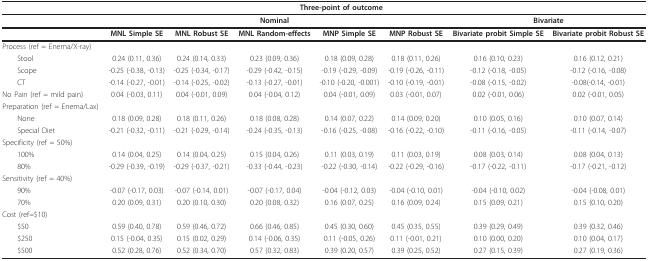
<table><thead><tr><td></td><td></td><td></td><td colspan="3"><b>Three-point of outcome</b></td><td></td><td></td></tr></thead><tbody><tr><td></td><td></td><td></td><td><b>Nominal</b></td><td></td><td></td><td colspan="2"><b>Bivariate</b></td></tr><tr><td></td><td><b>MNL Simple SE</b></td><td><b>MNL Robust SE</b></td><td><b>MNL Random-effects</b></td><td><b>MNP Simple SE</b></td><td><b>MNP Robust SE</b></td><td><b>Bivariate probit Simple SE</b></td><td><b>Bivariate probit Robust SE</b></td></tr><tr><td>Process (ref = Enema/X-ray)</td><td></td><td></td><td></td><td></td><td></td><td></td><td></td></tr><tr><td> Stool</td><td>0.24 (0.11, 0.36)</td><td>0.24 (0.14, 0.33)</td><td>0.23 (0.09, 0.36)</td><td>0.18 (0.09, 0.28)</td><td>0.18 (0.11, 0.26)</td><td>0.16 (0.10, 0.23)</td><td>0.16 (0.12, 0.21)</td></tr><tr><td> Scope</td><td>-0.25 (-0.38, -0.13)</td><td>-0.25 (-0.34, -0.17)</td><td>-0.29 (-0.42, -0.15)</td><td>-0.19 (-0.29, -0.09)</td><td>-0.19 (-0.26, -0.11)</td><td>-0.12 (-0.18, -0.05)</td><td>-0.12 (-0.16, -0.08)</td></tr><tr><td> CT</td><td>-0.14 (-0.27, -0.01)</td><td>-0.14 (-0.25, -0.02)</td><td>-0.13 (-0.27, -0.01)</td><td>-0.10 (-0.20, -0.001)</td><td>-0.10 (-0.19, -0.01)</td><td>-0.08 (-0.15, -0.02)</td><td>-0.08(-0.14, -0.01)</td></tr><tr><td>No Pain (ref = mild pain)</td><td>0.04 (-0.03, 0.11)</td><td>0.04 (-0.01, 0.09)</td><td>0.04 (-0.04, 0.12)</td><td>0.04 (-0.01, 0.09)</td><td>0.03 (-0.01, 0.07)</td><td>0.02 (-0.01, 0.06)</td><td>0.02 (-0.01, 0.05)</td></tr><tr><td>Preparation (ref = Enema/Lax)</td><td></td><td></td><td></td><td></td><td></td><td></td><td></td></tr><tr><td> None</td><td>0.18 (0.09, 0.28)</td><td>0.18 (0.11, 0.26)</td><td>0.18 (0.08, 0.28)</td><td>0.14 (0.07, 0.22)</td><td>0.14 (0.09, 0.20)</td><td>0.10 (0.05, 0.16)</td><td>0.10 (0.07, 0.14)</td></tr><tr><td> Special Diet</td><td>-0.21 (-0.32, -0.11)</td><td>-0.21 (-0.29, -0.14)</td><td>-0.24 (-0.35, -0.13)</td><td>-0.16 (-0.25, -0.08)</td><td>-0.16 (-0.22, -0.10)</td><td>-0.11 (-0.16, -0.05)</td><td>-0.11 (-0.14, -0.07)</td></tr><tr><td>Specificity (ref = 50%)</td><td></td><td></td><td></td><td></td><td></td><td></td><td></td></tr><tr><td> 100%</td><td>0.14 (0.04, 0.25)</td><td>0.14 (0.04, 0.25)</td><td>0.15 (0.04, 0.26)</td><td>0.11 (0.03, 0.19)</td><td>0.11 (0.03, 0.19)</td><td>0.08 (0.03, 0.14)</td><td>0.08 (0.04, 0.13)</td></tr><tr><td> 80%</td><td>-0.29 (-0.39, -0.19)</td><td>-0.29 (-0.37, -0.21)</td><td>-0.33 (-0.44, -0.23)</td><td>-0.22 (-0.30, -0.14)</td><td>-0.22 (-0.29, -0.16)</td><td>-0.17 (-0.22, -0.11)</td><td>-0.17 (-0.21, -0.12)</td></tr><tr><td>Sensitivity (ref = 40%)</td><td></td><td></td><td></td><td></td><td></td><td></td><td></td></tr><tr><td> 90%</td><td>-0.07 (-0.17, 0.03)</td><td>-0.07 (-0.14, 0.01)</td><td>-0.07 (-0.17, 0.04)</td><td>-0.04 (-0.12, 0.03)</td><td>-0.04 (-0.10, 0.01)</td><td>-0.04 (-0.10, 0.02)</td><td>-0.04 (-0.08, 0.01)</td></tr><tr><td> 70%</td><td>0.20 (0.09, 0.31)</td><td>0.20 (0.10, 0.30)</td><td>0.20 (0.08, 0.32)</td><td>0.16 (0.07, 0.25)</td><td>0.16 (0.09, 0.24)</td><td>0.15 (0.09, 0.21)</td><td>0.15 (0.10, 0.20)</td></tr><tr><td>Cost (ref=$10)</td><td></td><td></td><td></td><td></td><td></td><td></td><td></td></tr><tr><td> $50</td><td>0.59 (0.40, 0.78)</td><td>0.59 (0.46, 0.72)</td><td>0.66 (0.46, 0.85)</td><td>0.45 (0.30, 0.60)</td><td>0.45 (0.35, 0.55)</td><td>0.39 (0.29, 0.49)</td><td>0.39 (0.32, 0.46)</td></tr><tr><td> $250</td><td>0.15 (-0.04, 0.35)</td><td>0.15 (0.02, 0.29)</td><td>0.14 (-0.06, 0.35)</td><td>0.11 (-0.05, 0.26)</td><td>0.11 (-0.01, 0.21)</td><td>0.10 (0.00, 0.20)</td><td>0.10 (0.04, 0.17)</td></tr><tr><td> $500</td><td>0.52 (0.28, 0.76)</td><td>0.52 (0.34, 0.70)</td><td>0.57 (0.32, 0.83)</td><td>0.39 (0.20, 0.57)</td><td>0.39 (0.25, 0.52)</td><td>0.27 (0.15, 0.39)</td><td>0.27 (0.19, 0.36)</td></tr></tbody></table>